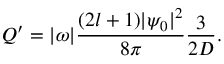
Q ^ { \prime } = | \omega | \frac { ( 2 l + 1 ) | \psi _ { 0 } | ^ { 2 } } { 8 \pi } \frac { 3 } { 2 D } .